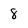
Character: 8